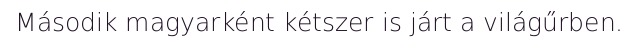
Második magyarként kétszer is járt a világűrben.